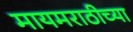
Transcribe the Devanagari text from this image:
मायमराठीच्या